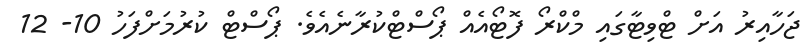
ޖަހާއިރު އަށް ޓްވިޓާގައި މްކްރޯ ފޮޓޯއެއް ޕޯސްޓްކުރާނެއެވެ. ޕޯސްޓް ކުރުމަށްފަހު 10- 12